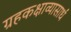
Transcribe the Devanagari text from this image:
ग्रहकक्षाव्यासार्धं